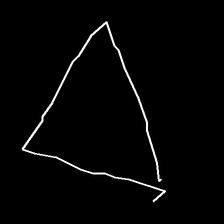
Glyph: convergence